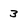
Character: 3